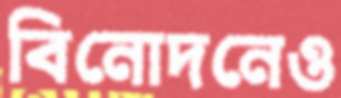
বিনোদনেও